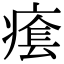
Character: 𤸌